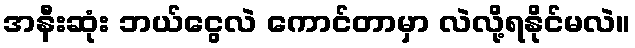
အနီးဆုံး ဘယ်ငွေလဲ ကောင်တာမှာ လဲလို့ရနိုင်မလဲ။